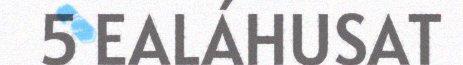
5 EALÁHUSAT